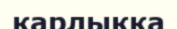
қарлыққа